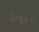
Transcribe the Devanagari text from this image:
डेल्युज़न्स